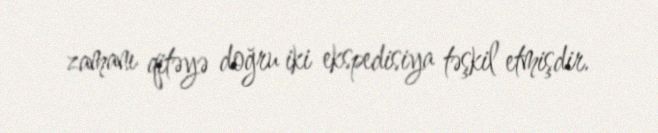
zamanı qitəyə doğru iki ekspedisiya təşkil etmişdir.